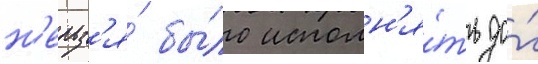
н'ельз'я́ бы́ло исполн'я́ть до́